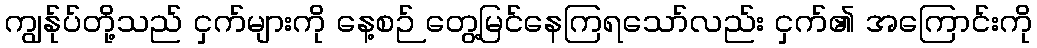
ကျွန်ုပ်တို့သည် ငှက်များကို နေ့စဉ် တွေ့မြင်နေကြရသော်လည်း ငှက်၏ အကြောင်းကို